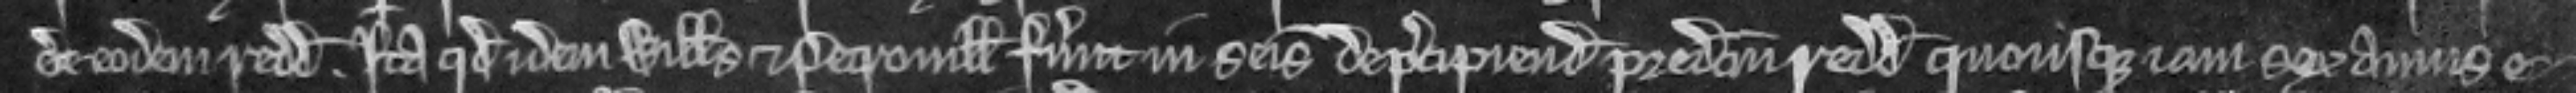
de eodem redditu ita quod idem Willelmus et Petronilla fuerunt in seisina de percipiendo predictum redditum quousque jam sex annis e